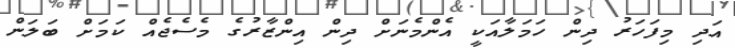
އަދި މިފަހަރު ދިން ހަމަލާއަކީ އެންމެނަށް ދިން އިންޒާރުގެ މެސެޖެއް ކަމަށް ބަލަން